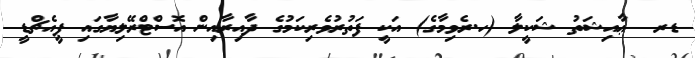
ޑރ  ޢާއިޝަތު ޝަކީލާ (ހ.ރެވިމާގެ) އަކީ ފަތުރުވެރިކަމުގެ ދާއިރާއިން އޮސްޓްރޭލިޔާގައި ޕީއެޗްޑީ